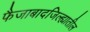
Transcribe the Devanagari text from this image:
फैजाबादजिल्ह्यातील